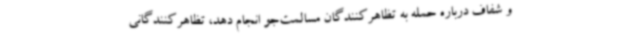
و شفاف درباره حمله به تظاهرکنندگان مسالمت‌جو انجام دهد، تظاهرکنندگانی